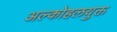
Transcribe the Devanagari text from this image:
अल्कोहलयुक्त